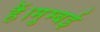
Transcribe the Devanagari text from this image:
हैं।मुम्बई